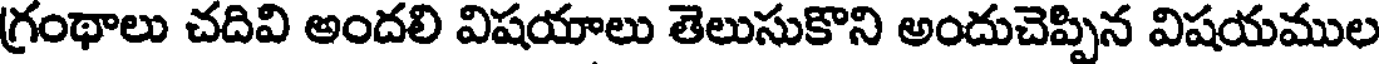
గ్రంథాలు చదివి అందలి విషయాలు తెలుసుకొని అందుచెప్పిన విషయముల